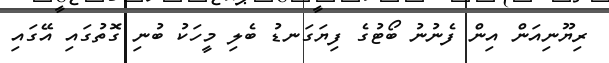
ރިޔޫނިއަން އިން ފެނުނު ބޯޓުގެ ފިޔަގަނޑު ބެލި މީހަކު ބުނި ގޮތުގައި އޭގައި